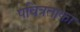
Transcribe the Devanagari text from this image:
पवित्रताका